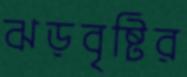
ঝড়বৃষ্টির